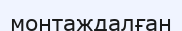
монтаждалған